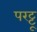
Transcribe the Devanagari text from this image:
परट्टू